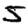
Digit: 5